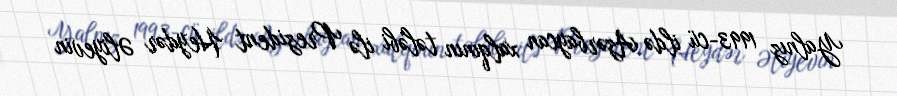
Yalnız 1993-cü ildə Azərbaycan xalqının tələbi ilə Prezident Heydər Əliyevin